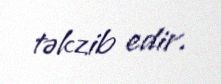
təkzib edir.